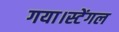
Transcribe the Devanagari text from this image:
गया।स्टेंगल